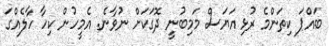
ބައްޕަ ކިތަންމެ ރުޅި އަޔަސް މަމިބުނީ ދޮގަކަށް ނުވާނެ. އެމީހުން ކިހާ ހާލެއްގަ